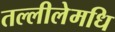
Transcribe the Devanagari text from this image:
तल्लीलेमधि